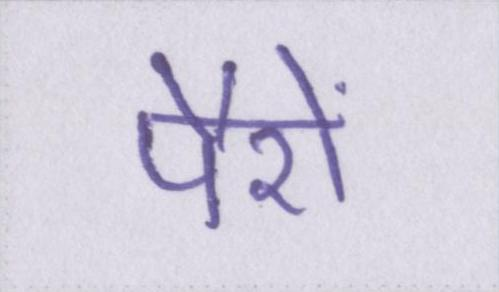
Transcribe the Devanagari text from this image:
पैरों